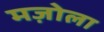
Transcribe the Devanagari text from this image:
मज़ोला